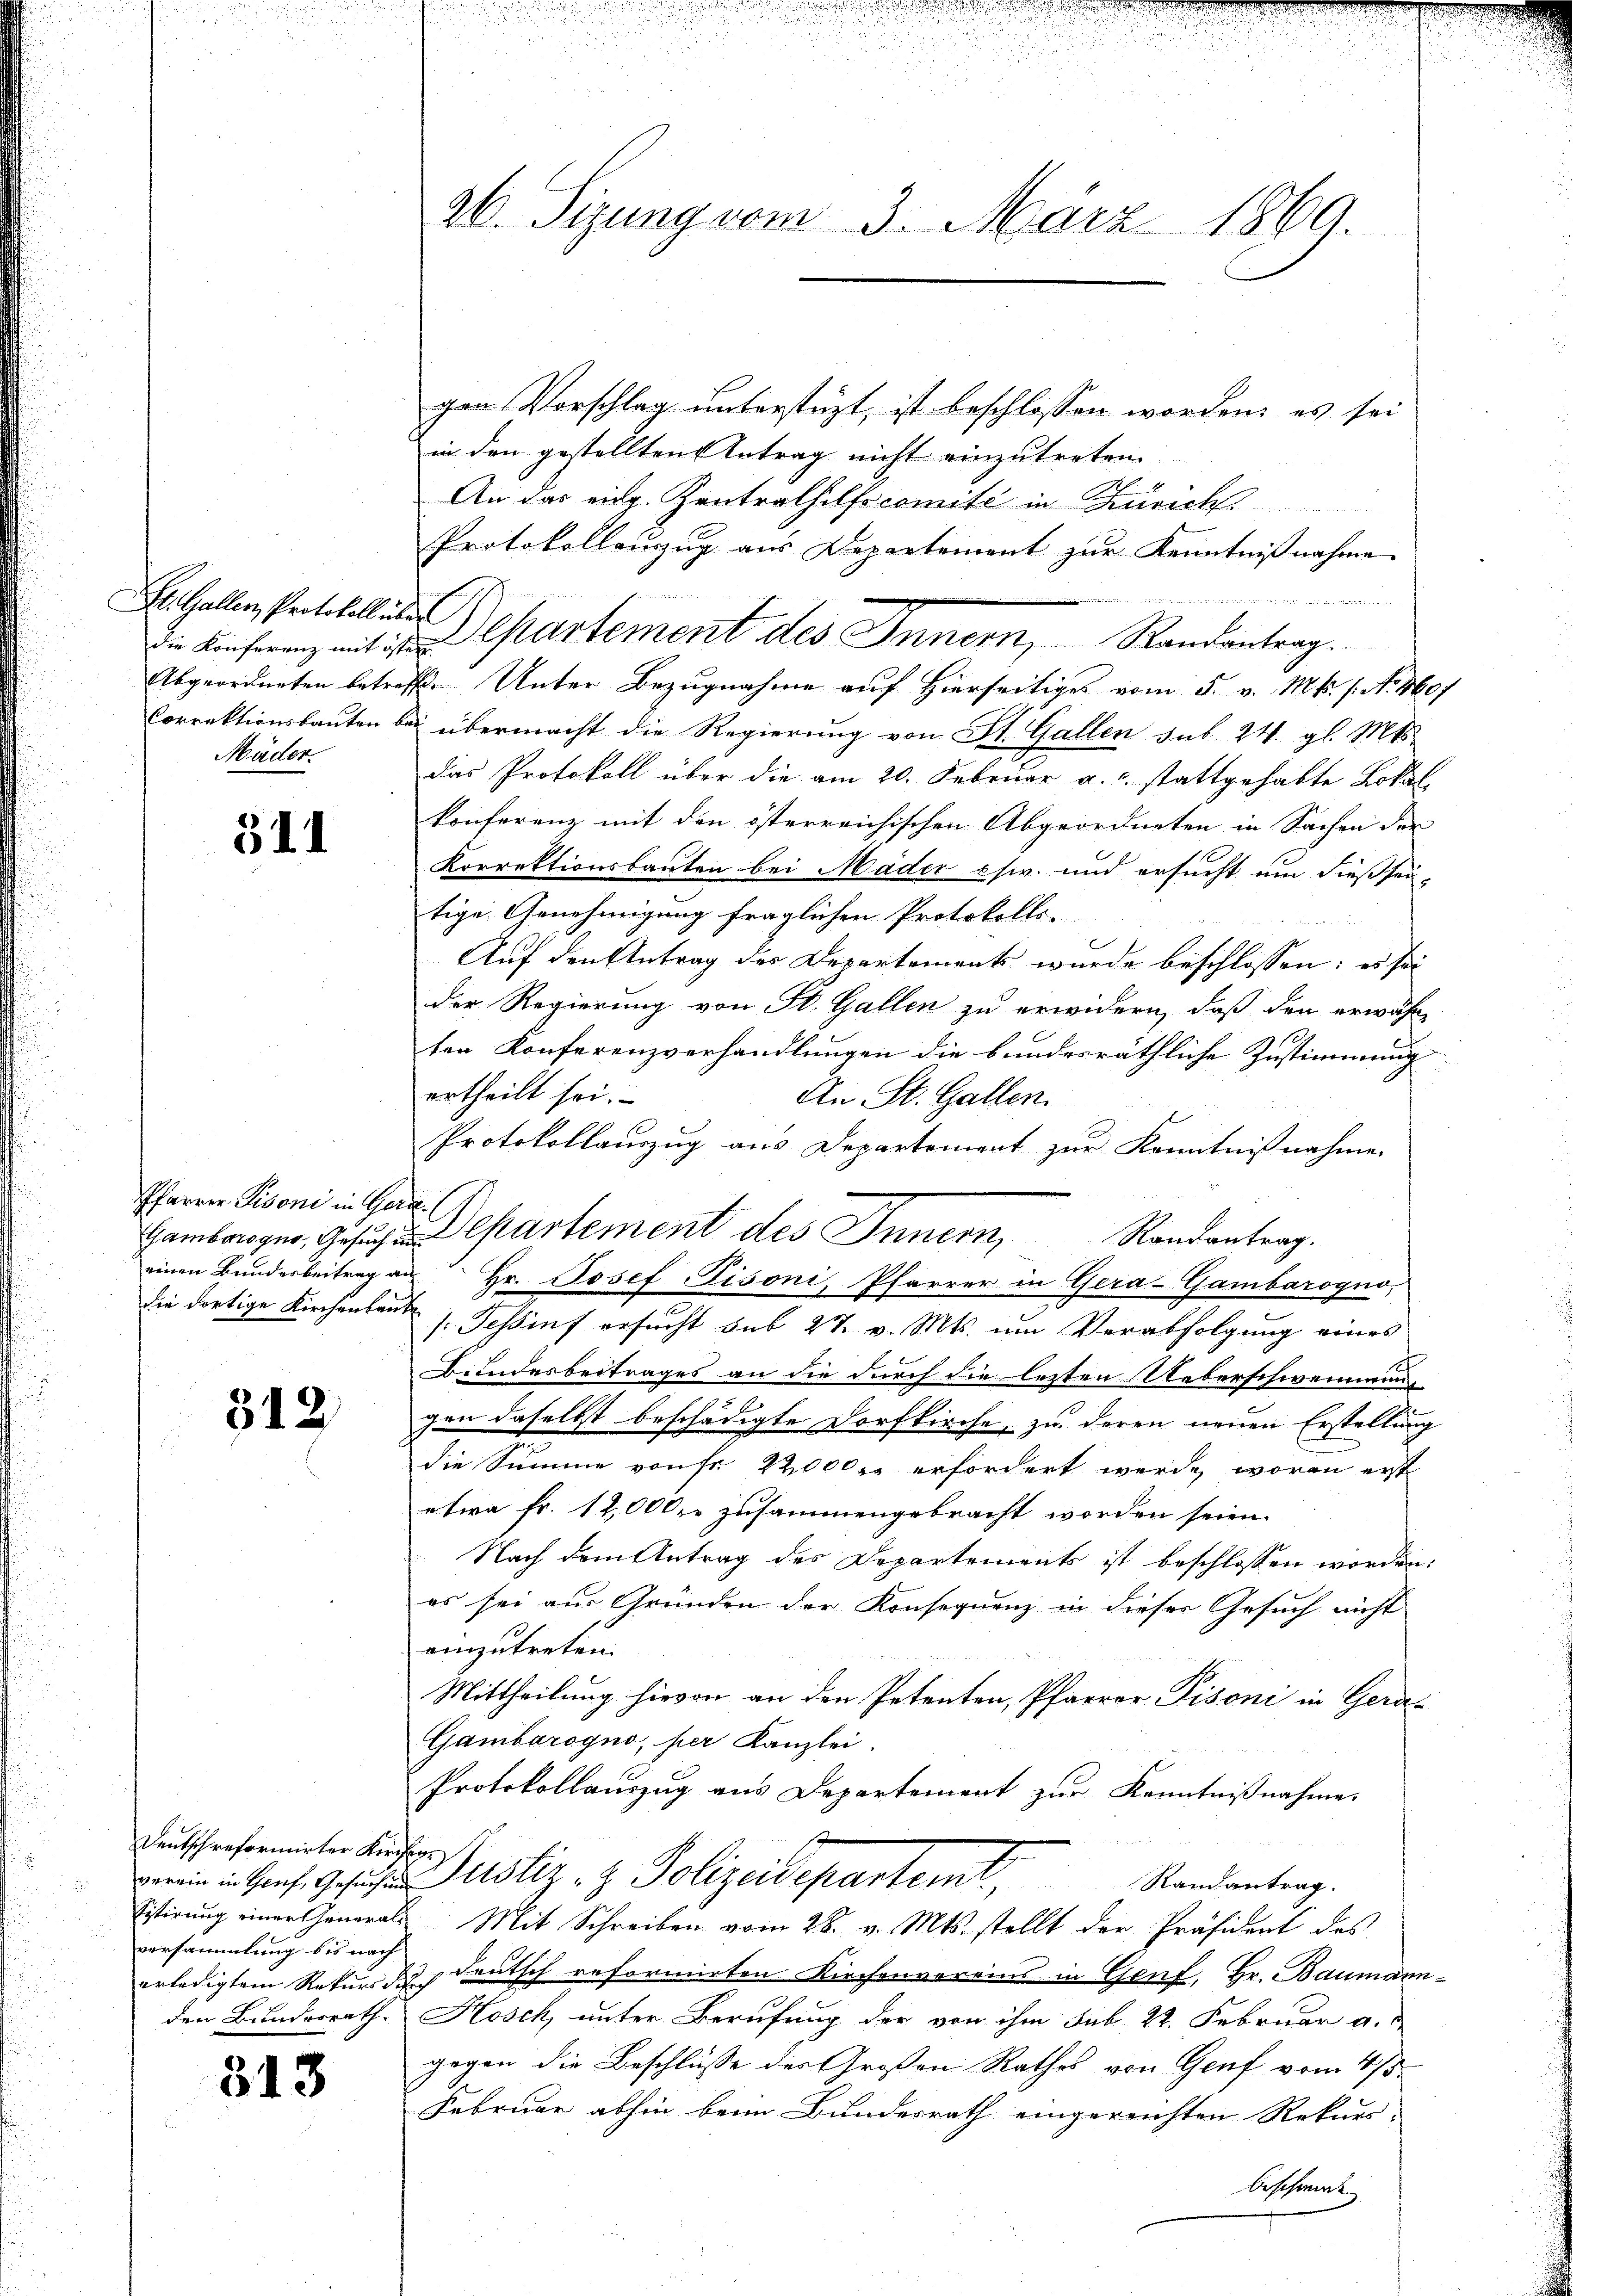
St. Galler, Protokoll über
Mäder.

311

Pfarrer Pisoni in Ger
Gambaroger, Gesuch in
einen Bundesbeitrag a.
die dortige Kirchenbaut

312

Deutsch reformirter Kirch
verein in Genf, Gesuchung
Eitirung einer Generalversammlung bis nach
erledigtem Rekurs die
den Bundesrath.

313

ab. Sizung vom 3. März 1869.

gen Vorschlag unterstüzt, ist beschlossen worden, es sei
in den gestellten Antrag nicht einzutreten.
An das eidg. Zentralhilfscomité in Zürich
Protokollauszug aus Departement zur Kenntnißnahme.
Abgeordneten betreff. Unter Bezugnahme auf Hierseitiges vom 5. v. Mts. 1. No. 160f
Correktionsbauten bei übermacht die Regierung von St. Gallen sub. 24. gl. Mts.
das Protokoll über die am 20. Februar a. c. stattgehabte Lokal-
konferenz mit den österreichischen Abgeordneten in Sachen der
Korrektionsbauten bei Mäder chir. und ersucht um dießsei-
tige Genehmigung fraglichen Protokolls-
Auf den Antrag des Departements wurde beschlossen: es sei
der Regierung von St. Gallen zu erwidern, daß den erwähn-
ten Konferenzverhandlungen die bundesräthliche Zustimmung
ertheilt sei.
An St. Gallen.
Protokollauszug aus Departement zur Kenntnißnahme.
t
 Hr. Josef Fisoni, Pfarrer in Gera-Gambarogno
/: Tessinf ersucht sub 27. v. Mts. um Verabfolgung eines
Bundesbeitrages an die durch die lezten Ueberschwemmun-
.
gen daselbst beschädigte Dorfkirche, zu deren neuen Erstellung
die Summe von fr. 22000 r. erfordert werde, woran erst
etwa Fr. 12,000 zusammengebracht worden seien.
Nach dem Antrag des Departements ist beschlossen worden:
es sei aus Gründen der Konsequenz in dieser Gesuch nicht
einzutreten.
Mittheilung hievon an den Petenten, Pfarrer Pisoni in Gera¬
Gambarogno, per Kanzlei.
Protokollauszug aus Departement zur Kenntnißnahme.

e
Justiz- & Polizeideparteil,
Randantrag.
Mit Schreiben vom 28. v. Mts. stellt der Präsident des
3 Deutsch reformirten Kirchenvereins in Genf, Hr. Baumann-
Kosch, unter Berufung der von ihm sub 22. Februar a.
gegen die Beschlüsse des Großen Rathes von Genf vom 4/5.
Februar abhin beim Bundesrath eingereichten Rekurs-
beschwere |

Die Einferenz mit der Departement des Innern, Randantrag.

Departement des Innern, Randantrag.